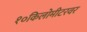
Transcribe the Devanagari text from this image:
१०किलोमीटरवर